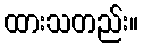
ထားသတည်း။